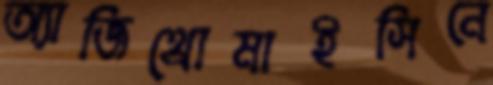
অ্যাজিথ্রোমাইসিনে